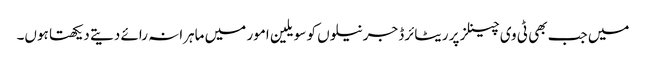
میں جب بھی ٹی وی چینلز پر ریٹائرڈ جرنیلوں کو سویلین امور میں ماہرانہ رائے دیتے دیکھتا ہوں۔